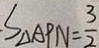
S _ { \Delta A P N } = \frac { 3 } { 2 }